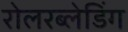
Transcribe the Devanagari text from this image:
रोलरब्लेडिंग